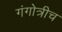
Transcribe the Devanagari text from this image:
गंगोत्रीच